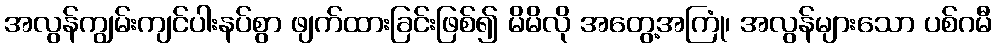
အလွန်ကျွမ်းကျင်ပါးနပ်စွာ ဖျက်ထားခြင်းဖြစ်၍ မိမိလို အတွေ့အကြုံ၊ အလွန်များသော ပစ်ဂမီ